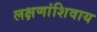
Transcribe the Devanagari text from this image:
लक्षणांशिवाय